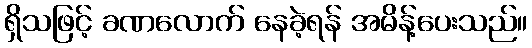
ရှိသဖြင့် ခဏလောက် နေခဲ့ရန် အမိန့်ပေးသည်။